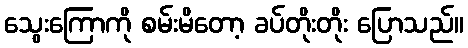
သွေးကြောကို စမ်းမိတော့ ခပ်တိုးတိုး ပြောသည်။